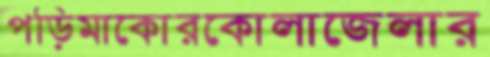
পড়িমাকোরকোলাজেলার